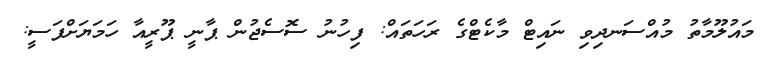
މައުލޫމާތު މުއްސަނދިވި ނައިޓް މާކެޓްގެ ރަހަތައް: ފިހުނު ސޮސެޖުން ޕާނީ ޕޫރީއާ ހަމަޔަށްފަސީ: